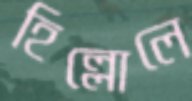
হিল্লোলে